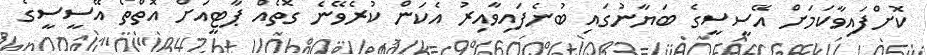
ކޮށްފައިވާކަމަށް އޭސީސީގެ ބަޔާނުގައި ބުނެފައިވާއިރު އެކަން ކުރެވޭނެ ގޮތެއް ޕާޓީއަށް އޮތްތޯ އޭސީސީގެ